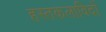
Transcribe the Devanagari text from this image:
हस्तकलाविदों